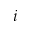
i